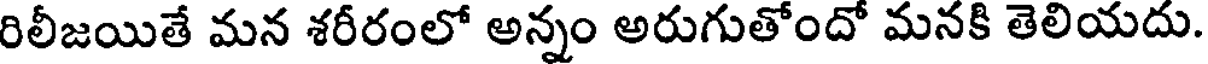
రిలీజయితే మన శరీరంలో అన్నం అరుగుతోందో మనకి తెలియదు.